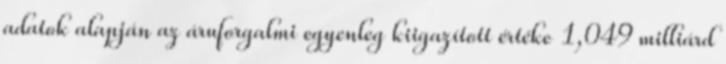
adatok alapján az áruforgalmi egyenleg kiigazított értéke 1,049 milliárd